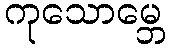
ကုသောမ္ဘေ